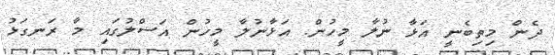
ދެން މިތިބެނީ އަޅާ ނުލާ މީހުން. އަޅާނުލާ މީހުން އަސްލުގައި މާ ރަނގަޅު